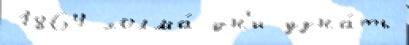
1864 холма́ дн'и узна́ть